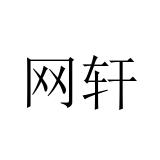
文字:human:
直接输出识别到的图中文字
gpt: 网轩